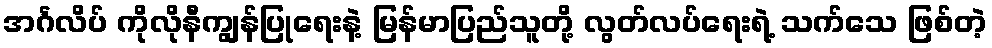
အင်္ဂလိပ် ကိုလိုနီကျွန်ပြုရေးနဲ့ မြန်မာပြည်သူတို့ လွတ်လပ်ရေးရဲ့ သက်သေ ဖြစ်တဲ့